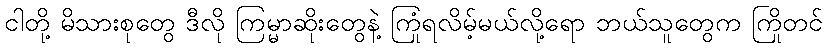
ငါတို့ မိသားစုတွေ ဒီလို ကြမ္မာဆိုးတွေနဲ့ ကြုံရလိမ့်မယ်လို့ရော ဘယ်သူတွေက ကြိုတင်